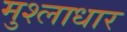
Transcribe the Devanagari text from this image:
मुश्लाधार